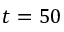
t = 5 0